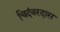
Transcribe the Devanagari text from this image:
चिदंबरदास